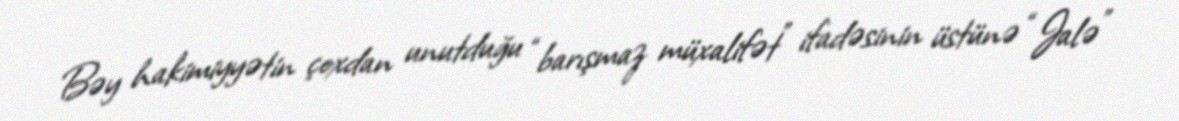
Bəy hakimiyyətin çoxdan unutduğu “barışmaz müxalifət” ifadəsinin üstünə “Jalə”